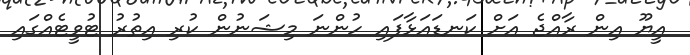
އީޔޫ އިން ރާއްޖެ އަށް ކަނޑައަޅާފައި ހުންނަ މިޝަނުން ކުރި އިތުރު ޓުވީޓެއްގައި